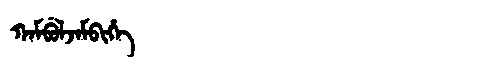
Manchu: ᡴᠠᠮᠪᡠᠯᠵᠠᠮᠪᡳᡥᡝ
Romanization: KAMBULJAMBIHE